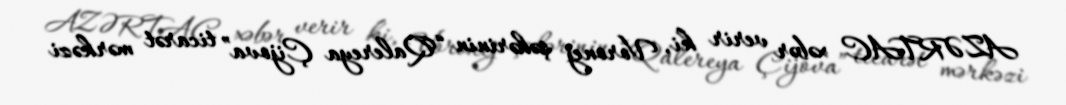
AZƏRTAC xəbər verir ki, Voronej şəhərinin “Qalereya Çijova” ticarət mərkəzi